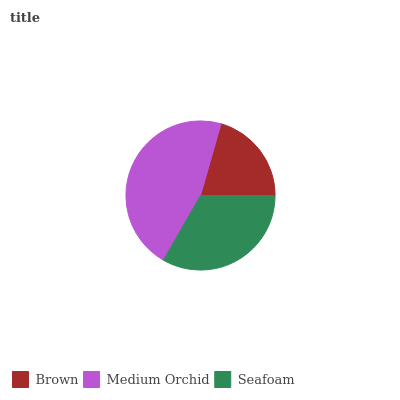
| Brown | Medium Orchid | Seafoam |
 | --- | --- | --- |
 | 20.5% | 46.2% | 33.3% |